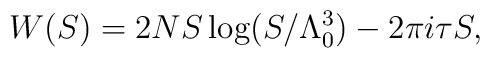
W(S) = 2NS \log (S / \Lambda_0^3) - 2 \pi i \tau S,